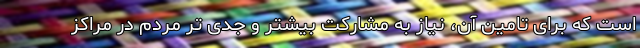
است که برای تامین آن، نیاز به مشارکت بیشتر و جدی تر مردم در مراکز